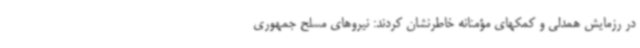
در رزمایش همدلی و کمکهای مؤمنانه خاطرنشان کردند: نیروهای مسلح جمهوری